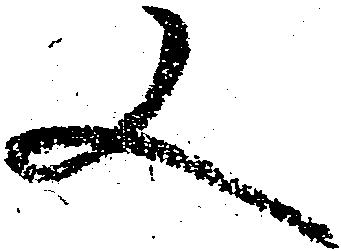
又